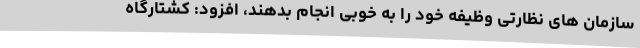
سازمان های نظارتی وظیفه خود را به خوبی انجام بدهند، افزود: کشتارگاه